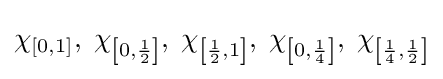
\chi _{\left[0,1\right]},\;\chi _{\left[0,{\frac {1}{2}}\right]},\;\chi _{\left[{\frac {1}{2}},1\right]},\;\chi _{\left[0,{\frac {1}{4}}\right]},\;\chi _{\left[{\frac {1}{4}},{\frac {1}{2}}\right]}